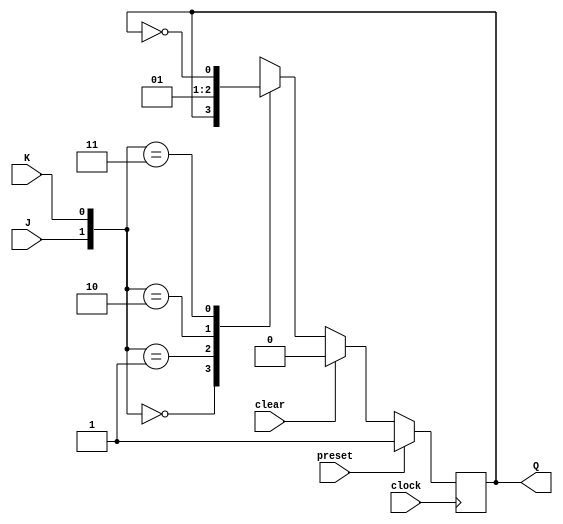
module JK_ff (
    input J, K, clock, preset, clear,
    output reg Q
);

reg Q_bar;

always @(posedge clock) begin
    if (preset) begin
        Q <= 1;
        Q_bar <= 0;
    end else if (clear) begin
        Q <= 0;
        Q_bar <= 1;
    end else begin
        case ({J, K})
            2'b00: begin
                Q <= Q;
                Q_bar <= Q_bar;
            end
            2'b01: begin
                Q <= 0;
                Q_bar <= 1;
            end
            2'b10: begin
                Q <= 1;
                Q_bar <= 0;
            end
            2'b11: begin
                Q <= ~Q;
                Q_bar <= ~Q_bar;
            end
        endcase
    end
end

endmodule